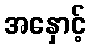
အနှောင့်